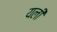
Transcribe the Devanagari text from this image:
यली